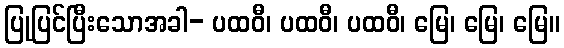
ပြုပြင်ပြီးသောအခါ- ပထဝီ၊ ပထဝီ၊ ပထဝီ၊ မြေ၊ မြေ၊ မြေ။